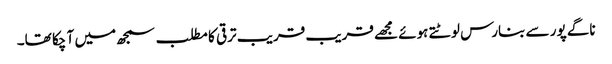
ناگے پور سے بنارس لوٹتے ہوئے مجھے قریب قریب ترقی کا مطلب سمجھ میں آ چکا تھا۔